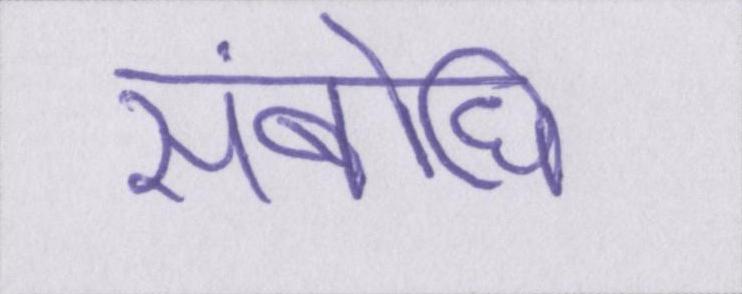
संबोधि